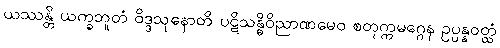
ယဿန္တိ ယက္ခဘူတံ ဝိဒ္ဒသုနောတိ ပဋိသန္ဓိဝိညာဏမေဝ စတုက္ကမဂ္ဂေန ဥပ္ပန္နဝတ္ထံ